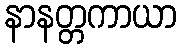
နာနတ္တကာယာ